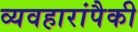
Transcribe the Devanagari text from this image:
व्यवहारांपैकी